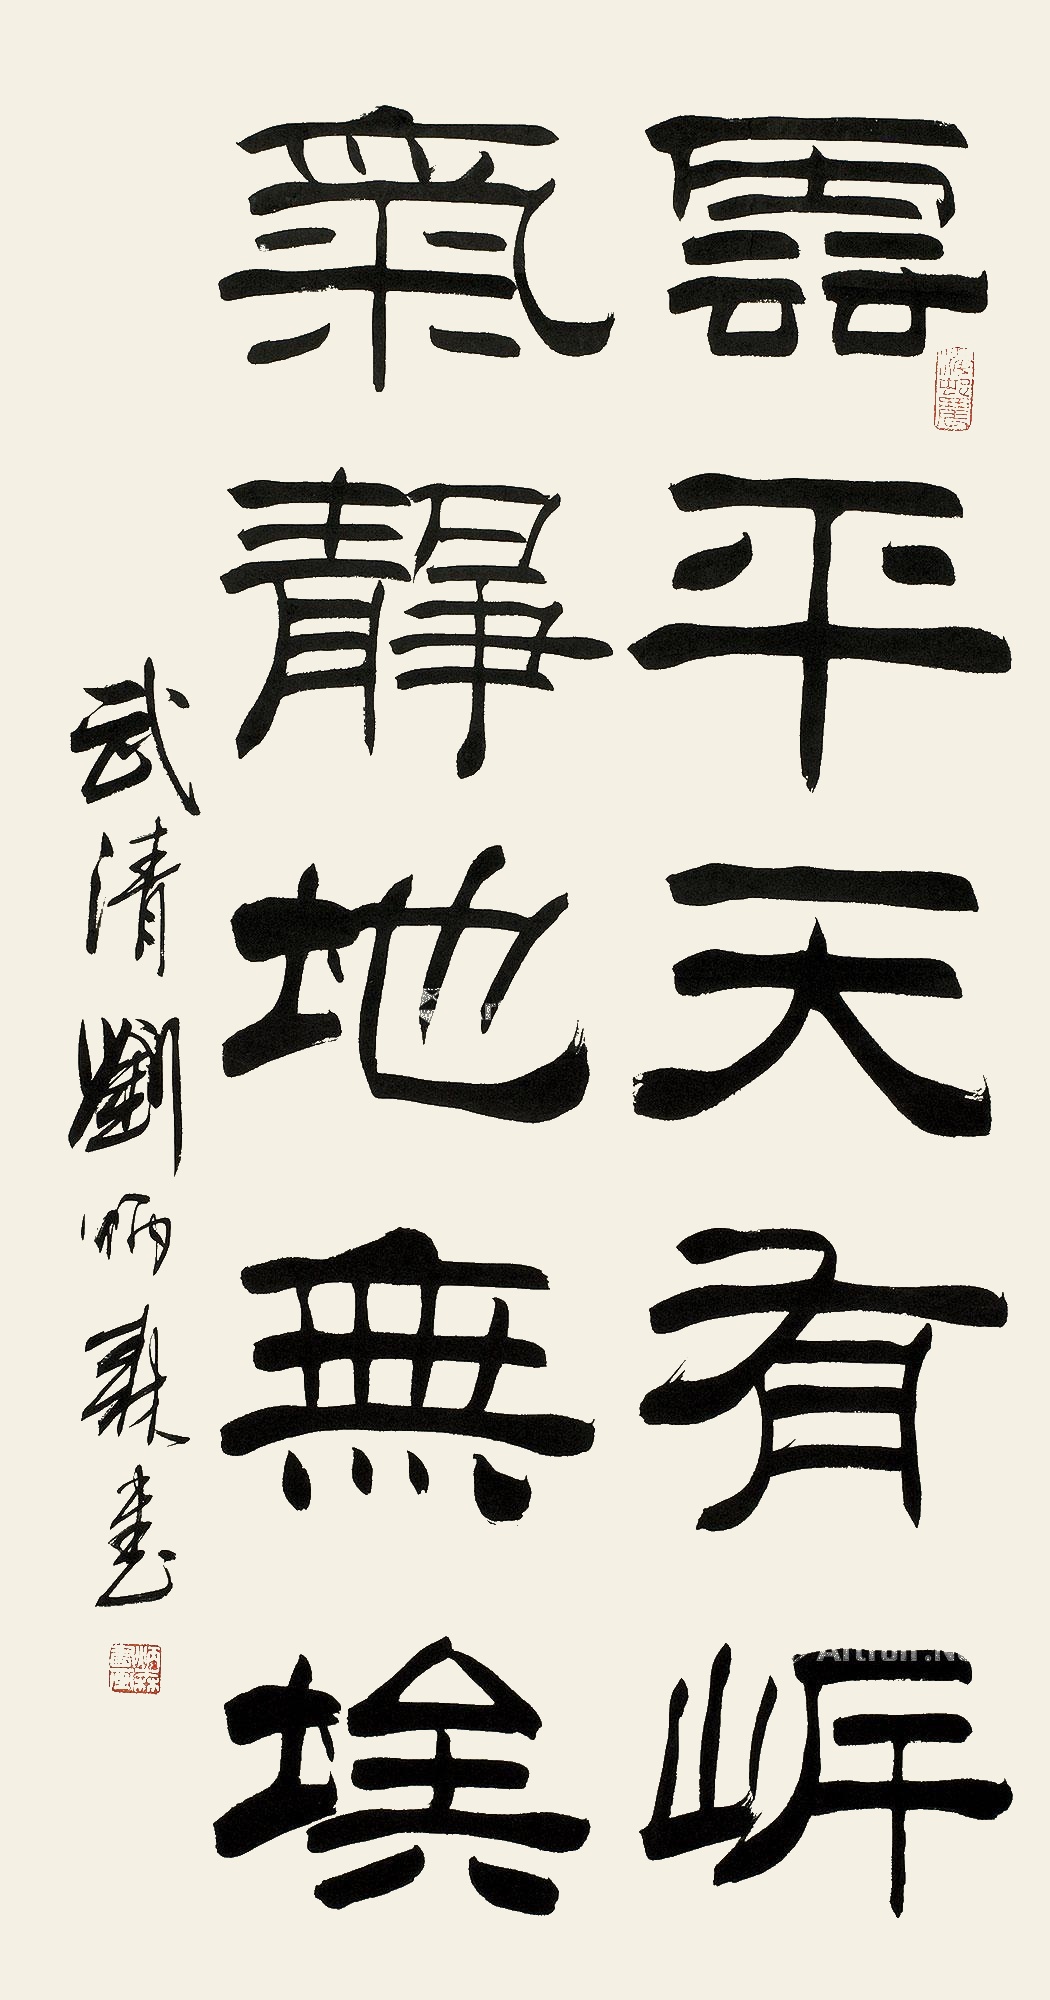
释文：云平天有岸，气静地无埃。武清刘炳森书。